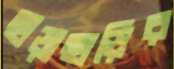
ছাড়াছাড়ির